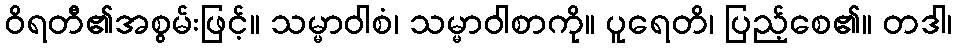
ဝိရတီ၏အစွမ်းဖြင့်။ သမ္မာဝါစံ၊ သမ္မာဝါစာကို။ ပူရေတိ၊ ပြည့်စေ၏။ တဒါ၊